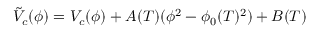
\tilde { V } _ { c } ( \phi ) = V _ { c } ( \phi ) + A ( T ) ( \phi ^ { 2 } - \phi _ { 0 } ( T ) ^ { 2 } ) + B ( T )